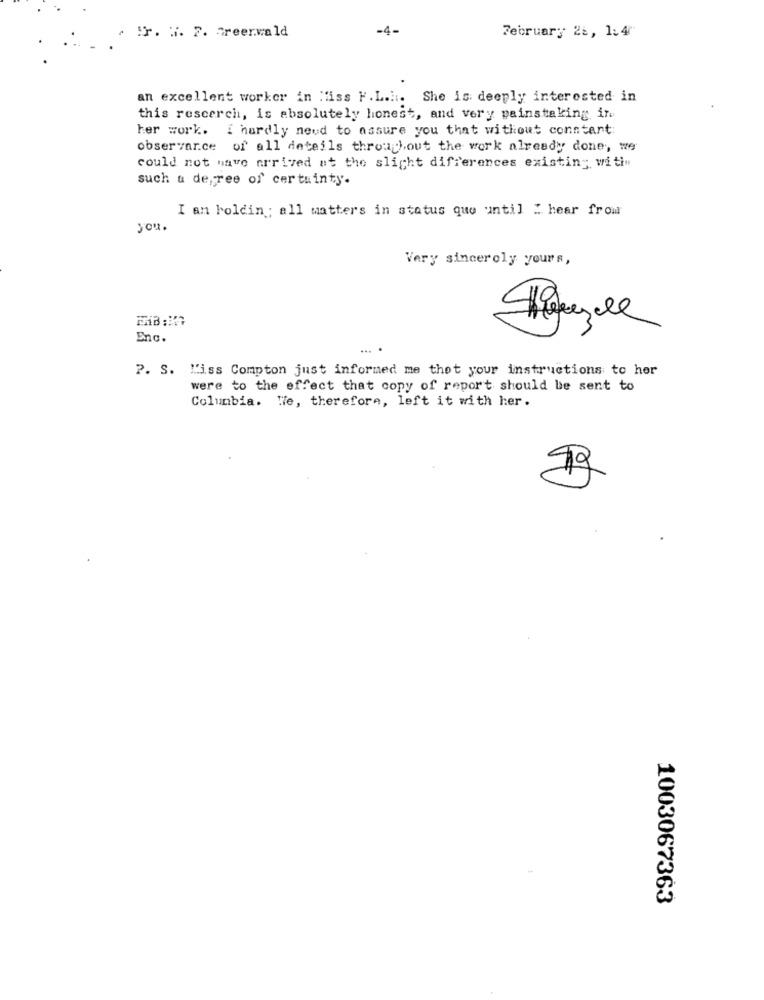
"r. H. 7. Greenwald
-4-
February 26, 1.4"
an excellent worker in Miss F.L .... She is deeply interested in
this rescerch, is absolutely honest, and very painstaking ine
her work. i hardly need to assure you that without constart
observar.ce of all details throughout the work already done, we
could not have arrived at the slight differences existing with"
such a de ree of certainty.
I an boldin ; all matters in status quo until " hear from
you.
Very sincerely yours,
Enc.
... .
P. S. L'iss Compton just informed me thet your instructions to her
were to the effect that copy of report should be sent to
Columbia. We, therefore, left it with her.
1003067363